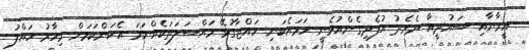
އީރާނާއި ސައުދީއާ ދެމެދު އުފެދިގެންއުޅެނީ ހަމައެކަނި ހައްޖާގުޅޭ މައްސަލަތަކެއްނަމަ އެކަންކަމަށް މިހާރު ހައްލު